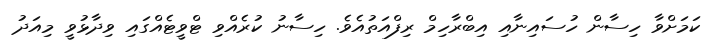
ކަމަށްވާ ހިސާން ހުސައިނާއި އިބްރާހިމް ރިފްއަތުއެވެ. ހިސާނު ކުރެއްވި ޓްވީޓެއްގައި ވިދާޅުވީ މިއަދު